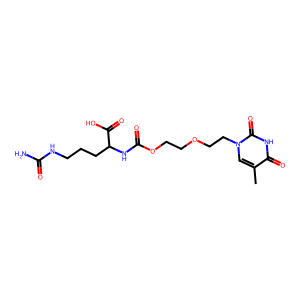
SMILES: Cc1cn(CCOCCOC(=O)NC(CCCNC(N)=O)C(=O)O)c(=O)[nH]c1=O
Inhibits HIV replication: No